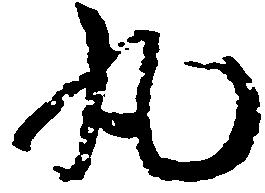
丸